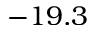
- 1 9 . 3